Vaccination in Bombay 1874-1876 - 1874-1876
Year: 1874
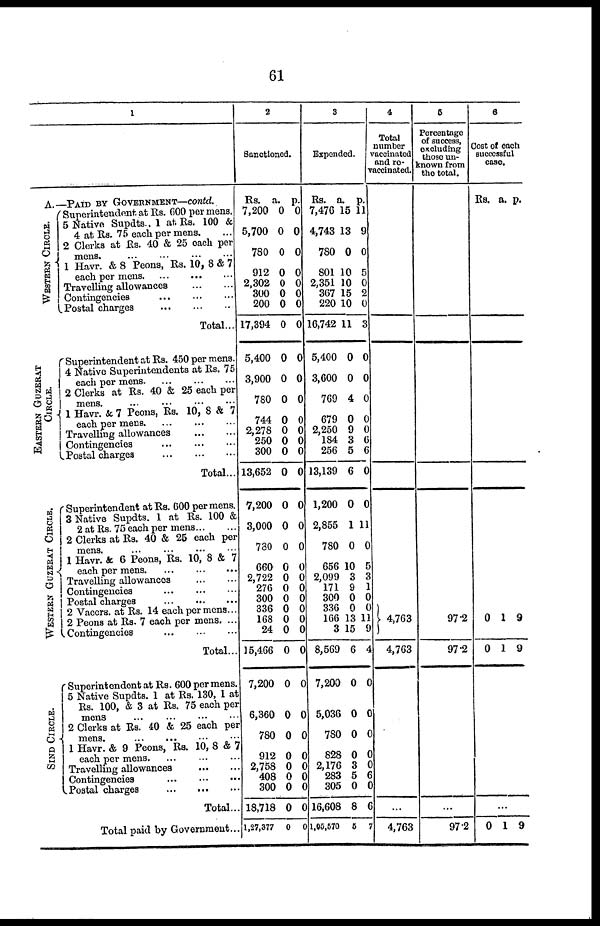
61
1
A.—PAID BY GOVERNMENT—contd.
WESTERN CIRCLE.
Superintendent at Rs. 600 per mens.
5 Native Supdts., 1 at. Rs. 100 &
4 at Rs. 75 each per mens. ...
2 Clerks at Rs. 40 & 25 each per
mens. ... ... ... ... ...
1 Havr. & 8 Peons, Rs. 10, 8 & 7
each per mens. ... ... ... ...
Travelling allowances ... ... ...
Contingencies ... ... ...
Postal charges ... ... ...
Total...
EASTERN GUZERAT
CIRCLE.
WESTERN GUZERAT CIRCLE.
SIND CIRCLE.
Superintendent at Rs. 450 per mens.
4 Native Superintendents at Rs. 75
each per mens ... ... ... ...
2 Clerks at Rs. 40 & 25 each per
mens. ... ... ... ...
1 Havr. & 7 Peons, Rs. 10, 8 & 7
each per mens ... ... ... ...
Travelling allowances ... ... ...
Contingencies ... ... ...
Postal charges
...
...
...
Total...
Superintendent at Rs. 600 per mens.
3 Native Supdts. 1 at Rs. 100 &
2 at Rs. 75 each per mens
2 Clerks at Rs. 40 & 25 each per
mens. ... ... ... ...
1 Havr. & 6 Peons, Rs. 10, 8 & 7
each per mens
...
...
...
Travelling allowances
Contingencies
...
...
...
Postal charges
...
...
...
2 Vaccrs. at Rs. 14 each per mens...
2 Peons at Rs. 7 each per mens. ...
Contingencies
...
...
...
Total...
Superintendent at Rs. 600 per mens.
5 Native Supdts. 1 at Rs. 130, 1 at
Rs. 100, & 3 at Rs. 75 each per
mens ... ... ... ...
2 Clerks at Rs. 40 & 25 each per
mens.
...
...
...
...
1 Havr. & 9 Peons, Rs. 10, 8 & 7
each per mens.
...
...
...
Travelling allowances ... ... ...
Contingencies ... ... ...
Postal charges
...
...
...
Total ...
Total paid by Government...
2
Sanctioned.
Rs.
7,200
5,700
780
912
2,302
300
200
17,394
5,400
3,900
780
744
2,278
250
300
13,652
7,200
3,000
780
660
2,722
276
300
336
168
24
15,466
7,200
6,360
780
912
2,758
408
300
18,718
1,27,377
a.
0
0
0
0
0
0
0
0
0
0
0
0
0
0
0
0
0
0
0
0
0
0
0
0
0
0
0
0
0
0
0
0
0
0
0
0
p.
0
0
0
0
0
0
0
0
0
0
0
0
0
0
0
0
0
0
0
0
0
0
0
0
0
0
0
0
0
0
0
0
0 0
0
0
3
Expended.
Rs.
7,476
4,743
780
801
2,351
367
220
16,742
5,400
3,600
769
679
2,250
184
256
13,139
1,200
2,855
780
656
2,099
171
300
336
166
3
8,569
7,200
5,036
780
828
2,176
283
305
16,608
1,05,570
a.
15
13
0
10
10
15
10
11
0
0
4
0
9
3
5
6
0
1
0
10
3
9
0
0
13
15
6
0
0
0
0
3
5
0
8
5
p.
11
9
0
5
0
2
0
3
0
0
0
0
0
6
6
0
0
11
0
5
3
1
0
0
11
9
4
0
0
0
0
0
6
0
6
7
4
Total
number
vaccinated
and re-
vaccinated.
4,763
4,763
...
4,763
5
Percentage
of success,
excluding
those un-
known from
the total.
97.2
97.2
...
97.2
6
Cost of each
successful
case.
RS.
0
0
0
a.
1
1
1
p.
9
9
9